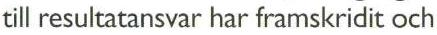
till resultatansvar har framskridit och